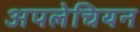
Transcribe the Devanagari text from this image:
अपलेचियन